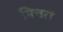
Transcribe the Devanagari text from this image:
मित्तरां